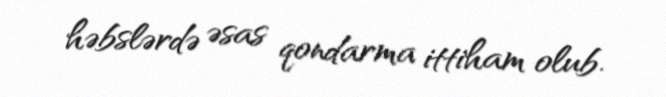
həbslərdə əsas qondarma ittiham olub.